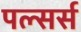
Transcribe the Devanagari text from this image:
पल्सर्स